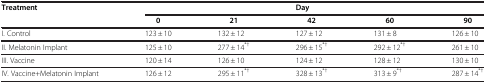
| <ROWSPAN=2> Treatment |  |  | Day |  |  |
 | 0 | 21 | 42 | 60 | 90 |
 | --- | --- | --- | --- | --- | --- |
 | I. Control | 123 ± 10 | 132 ± 12 | 127 ± 12 | 131 ± 8 | 126 ± 10 |
 | II. Melatonin Implant | 125 ± 10 | 277 ± 14*† | 296 ± 15*† | 292 ± 12*† | 261 ± 10 |
 | III. Vaccine | 120 ± 14 | 126 ± 10 | 124 ± 12 | 128 ± 12 | 130 ± 10 |
 | IV. Vaccine+Melatonin Implant | 126 ± 12 | 295 ± 11*† | 328 ± 13*† | 313 ± 9*† | 287 ± 14*† |